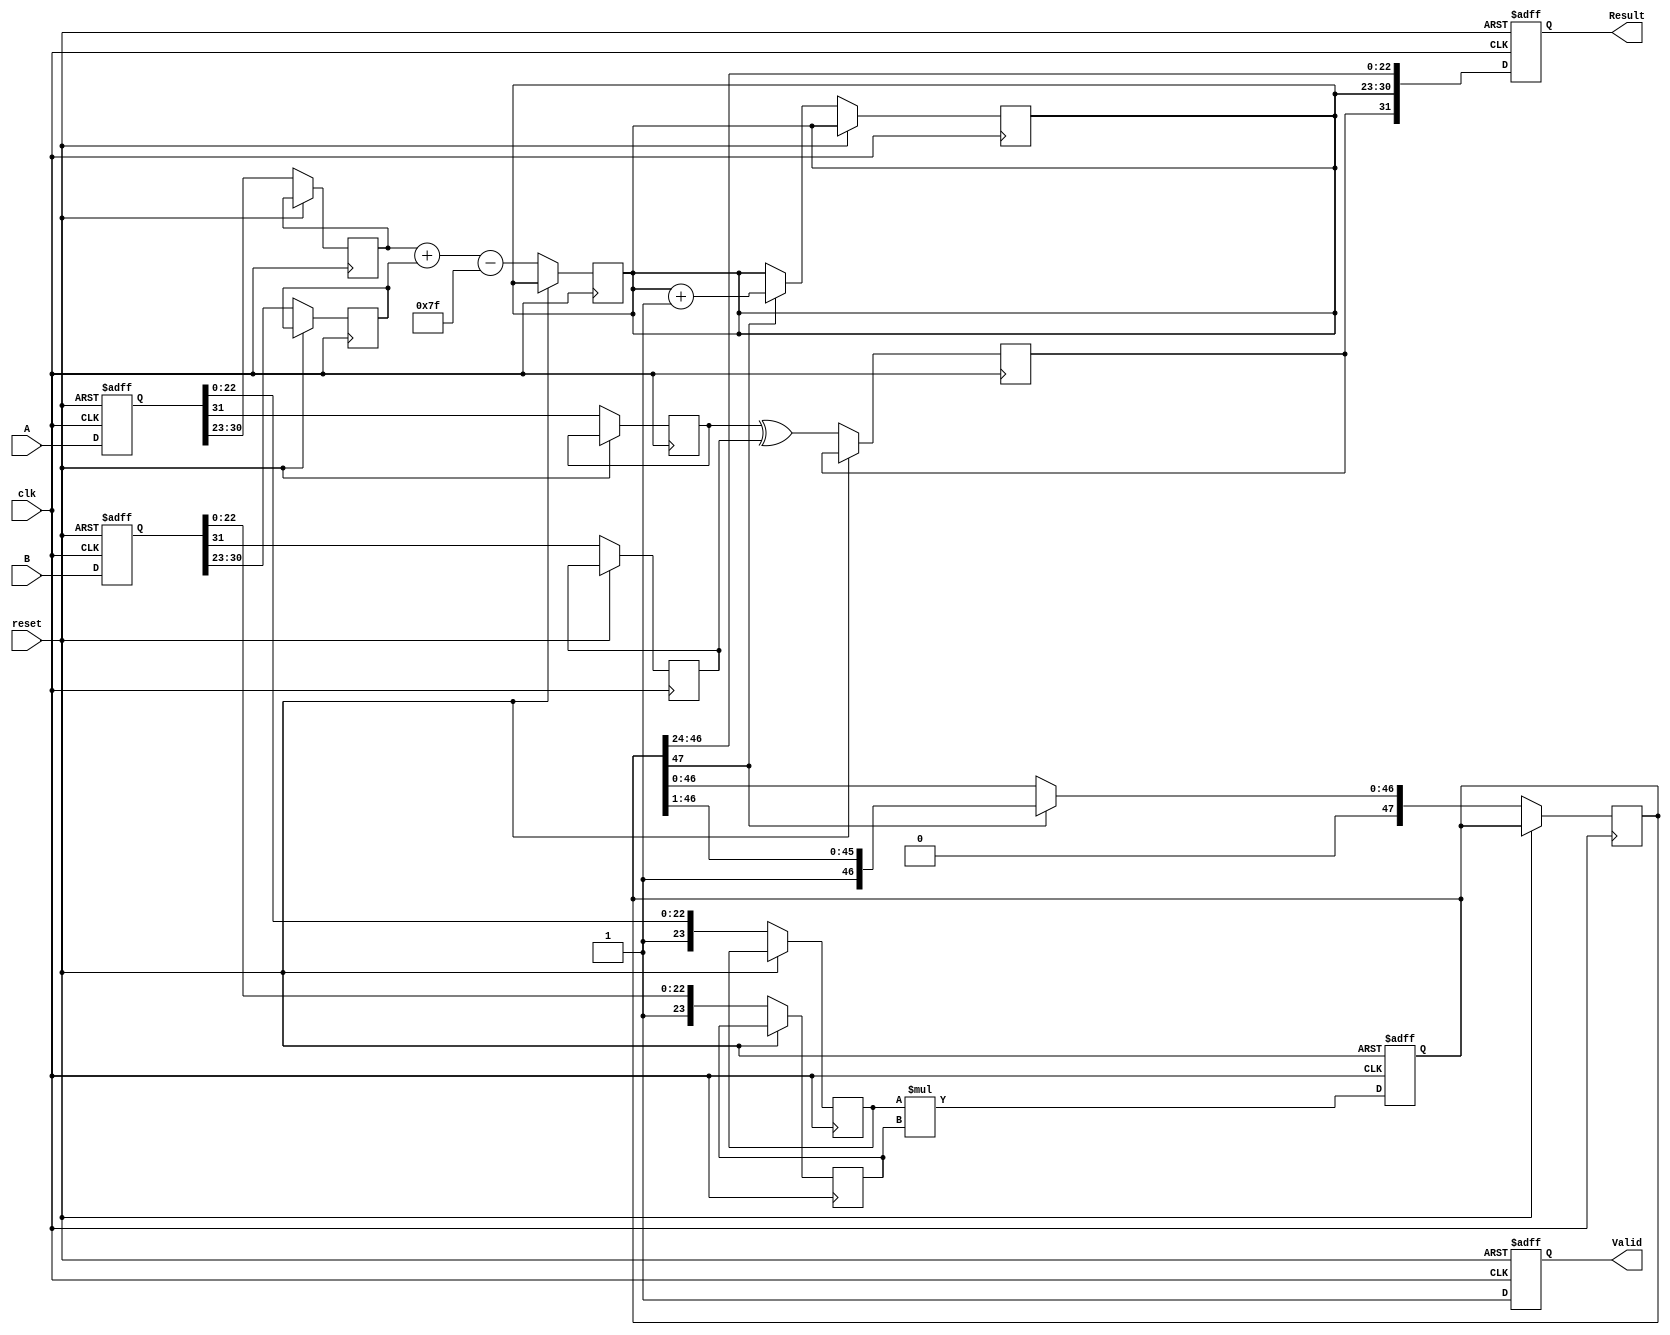
module pipelined_fp_multiplier (
    input wire [31:0] A,       // First floating-point input
    input wire [31:0] B,       // Second floating-point input
    input wire clk,            // Clock signal
    input wire reset,          // Active high reset signal
    output reg [31:0] Result,  // Floating-point output
    output reg Valid           // Output valid signal
);

    // Pipeline registers
    reg [31:0] A_reg1, B_reg1;
    reg [31:0] sign_reg, exp_reg;
    reg [47:0] mantissa_reg;
    reg [7:0] exp_sum_reg;
    reg [23:0] mantissa_a, mantissa_b;
    reg sign_a, sign_b, sign_result;
    reg [7:0] exp_a, exp_b;

    // Stage 1: Extract sign, exponent, and mantissa
    always @(posedge clk or posedge reset) begin
        if (reset) begin
            A_reg1 <= 32'b0;
            B_reg1 <= 32'b0;
        end else begin
            A_reg1 <= A;
            B_reg1 <= B;
        end
    end

    // Stage 2: Compute sign and exponent sum
    always @(posedge clk or posedge reset) begin
        if (reset) begin
            sign_reg <= 1'b0;
            exp_reg <= 8'b0;
        end else begin
            sign_a <= A_reg1[31];
            sign_b <= B_reg1[31];
            exp_a <= A_reg1[30:23];
            exp_b <= B_reg1[30:23];
            mantissa_a <= {1'b1, A_reg1[22:0]}; // Implicit leading 1 for normalized numbers
            mantissa_b <= {1'b1, B_reg1[22:0]}; // Implicit leading 1 for normalized numbers
            sign_result <= sign_a ^ sign_b; // XOR for sign
            exp_sum_reg <= exp_a + exp_b - 8'd127; // Bias adjustment
        end
    end

    // Stage 3: Multiply mantissas
    always @(posedge clk or posedge reset) begin
        if (reset) begin
            mantissa_reg <= 48'b0;
        end else begin
            mantissa_reg <= mantissa_a * mantissa_b; // Multiply mantissas
        end
    end

    // Stage 4: Normalize the result
    always @(posedge clk or posedge reset) begin
        if (reset) begin
            Result <= 32'b0;
        end else begin
            // Normalize mantissa and adjust exponent if necessary
            if (mantissa_reg[47]) begin
                // If mantissa is greater than 1, shift right
                mantissa_reg <= mantissa_reg >> 1;
                exp_sum_reg <= exp_sum_reg + 1;
            end
            // Prepare the result
            Result <= {sign_result, exp_sum_reg[7:0], mantissa_reg[46:24]}; // Pack result
        end
    end

    // Stage 5: Output valid signal
    always @(posedge clk or posedge reset) begin
        if (reset) begin
            Valid <= 1'b0;
        end else begin
            Valid <= 1'b1; // Output is valid after the last stage
        end
    end

endmodule